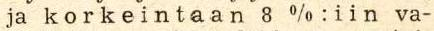
ja  k o r k e i n t a a n  8  %:iin va-